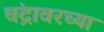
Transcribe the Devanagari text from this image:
चंद्रावरच्या